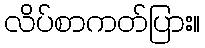
လိပ်စာကတ်ပြား။